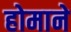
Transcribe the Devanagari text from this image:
होमाने